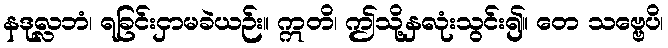
နဒုလ္လဘံ၊ ရခြင်းငှာမခဲယဉ်း။ ဣတိ၊ ဤသို့နှလုံးသွင်း၍။ တေ သဗ္ဗေပိ၊